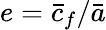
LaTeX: e=\bar{c}_{f}/\bar{a}